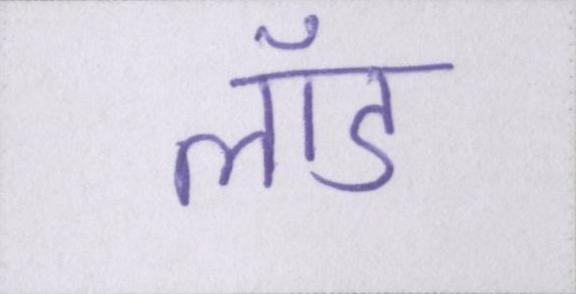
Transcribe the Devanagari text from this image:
लॉड